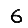
Digit: 6